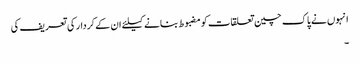
انہوں نے پاک چین تعلقات کو مضبوط بنانے کیلئے ان کے کردار کی تعریف کی
۔